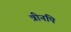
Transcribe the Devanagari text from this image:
त्रीनपि